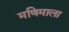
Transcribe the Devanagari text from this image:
मणिमाला